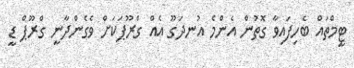
ޓީމްތައް ބެހިފައިވާ ގޮތުން އެންމެ އުނދަގޫ އެއް ގްރޫޕަކަށް ވެގެންދާނީ ގްރޫޕް ޑީ